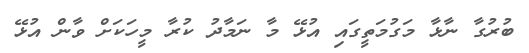
ބުރުގާ ނާޅާ މަގުމަތީގައި އުޅޭ މާ ނަމާދު ކުރާ މީހަކަށް ވާން އުޅޭ